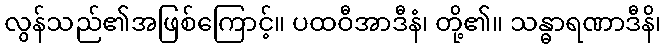
လွန်သည်၏အဖြစ်ကြောင့်။ ပထဝီအာဒီနံ၊ တို့၏။ သန္ဓာရဏာဒီနိ၊